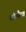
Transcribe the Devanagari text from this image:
चंडभैरव